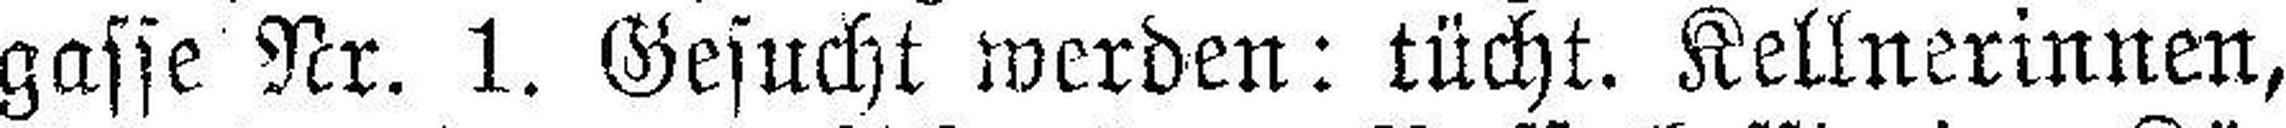
gasse Nr. 1. Gesucht werden: tücht. Kellnerinnen,